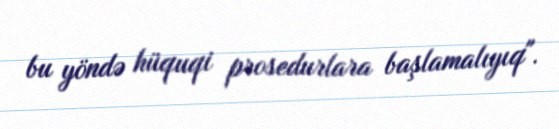
bu yöndə hüquqi prosedurlara başlamalıyıq".